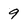
Character: 9